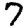
Digit: 7